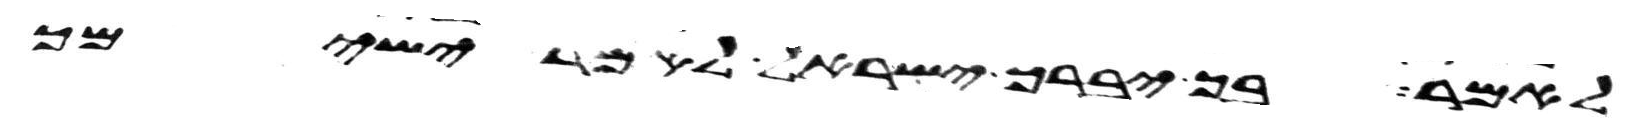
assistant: לאמר בך יברך ישראל לאמר ישימך